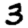
Digit: 3